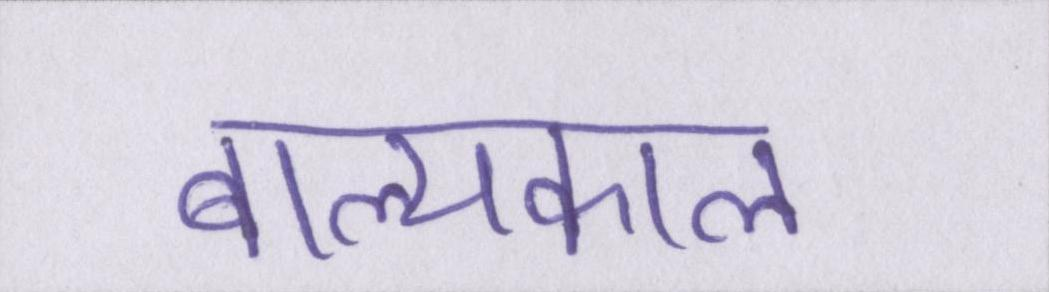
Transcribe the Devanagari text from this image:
बाल्यकाल